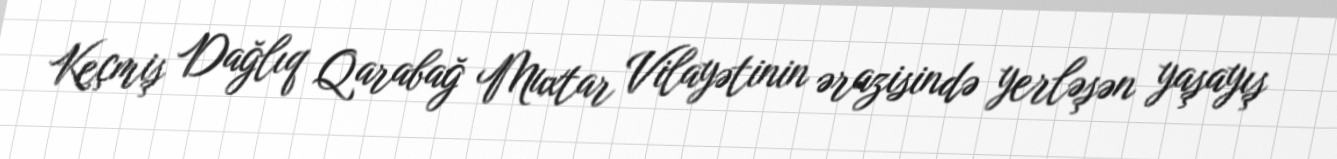
Keçmiş Dağlıq Qarabağ Muxtar Vilayətinin ərazisində yerləşən yaşayış